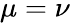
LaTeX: \mu=\nu